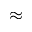
\approx